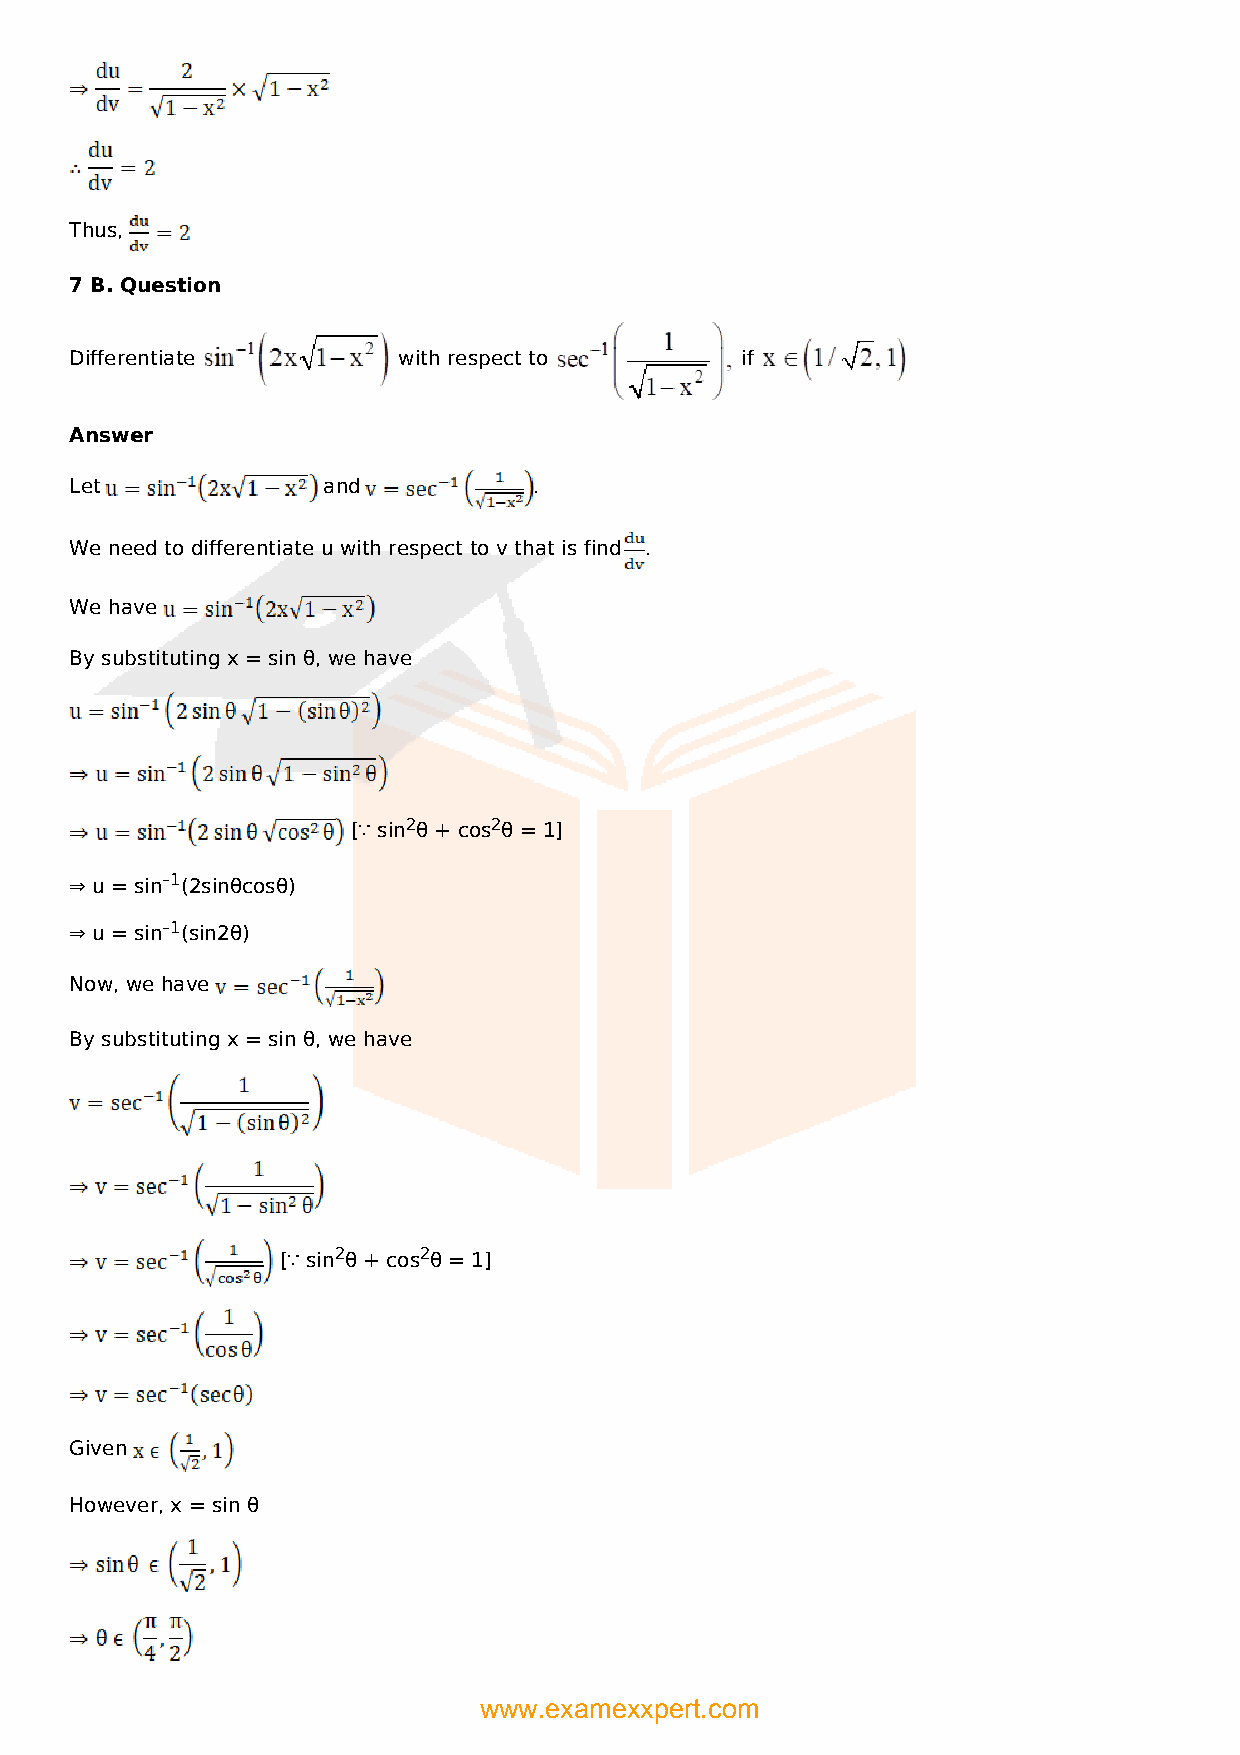
Thus,
 7 B. Question
 Differentiate        with respect to        if
 Answer
 Let             and           .
 We need to differentiate u with respect to v that is find .
 We have
 By substituting x = sin θ, we have
 [∵ sin2θ + cos2θ = 1]
 ⇒ u = sin–1(2sinθcosθ)
 ⇒ u = sin–1(sin2θ)
 Now, we have
 By substituting x = sin θ, we have
 [∵ sin2θ + cos2θ = 1]
 Given
 However, x = sin θ
 www.examexxpert.com